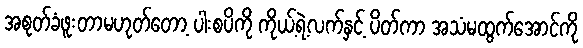
အစုတ်ခံဖူးတာမဟုတ်တော့ ပါးစပိကို ကိုယ့်ရဲ့လက်နှင့် ပိတ်ကာ အသံမထွက်အောင်ကို